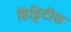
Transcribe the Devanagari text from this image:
हिट्टिटीस